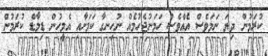
ކުރަމުން ދިޔަ ނަމަވެސް އެއްވެސް ހަމަނުޖެހުމެއް ނުހިނގާ ކަމަށާއި އެމީހުން ޑިމާޑް ކުރަމުން